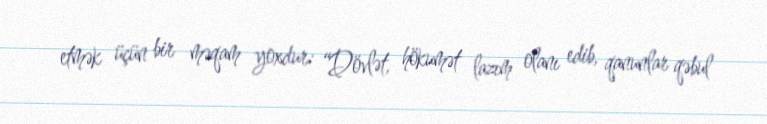
etmək üçün bir məqam yoxdur: “Dövlət, hökumət lazım olanı edib, qanunlar qəbul